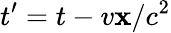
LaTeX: t^{\prime}=t-v\mathbf{x}/c^{2}